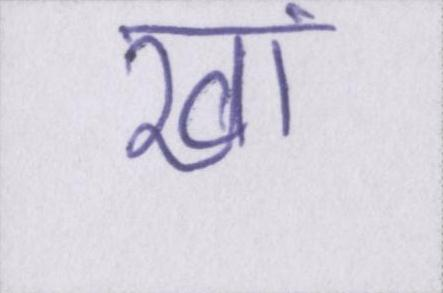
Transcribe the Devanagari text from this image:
खां